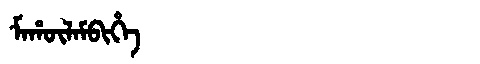
Manchu: ᠮᠠᡥᡡᠯᠠᠮᠪᡳᡥᡝ
Romanization: MAHŪLAMBIHE